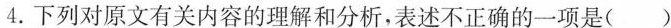
4.下列对原文有关内容的理解和分析，表述不正确的一项是( )